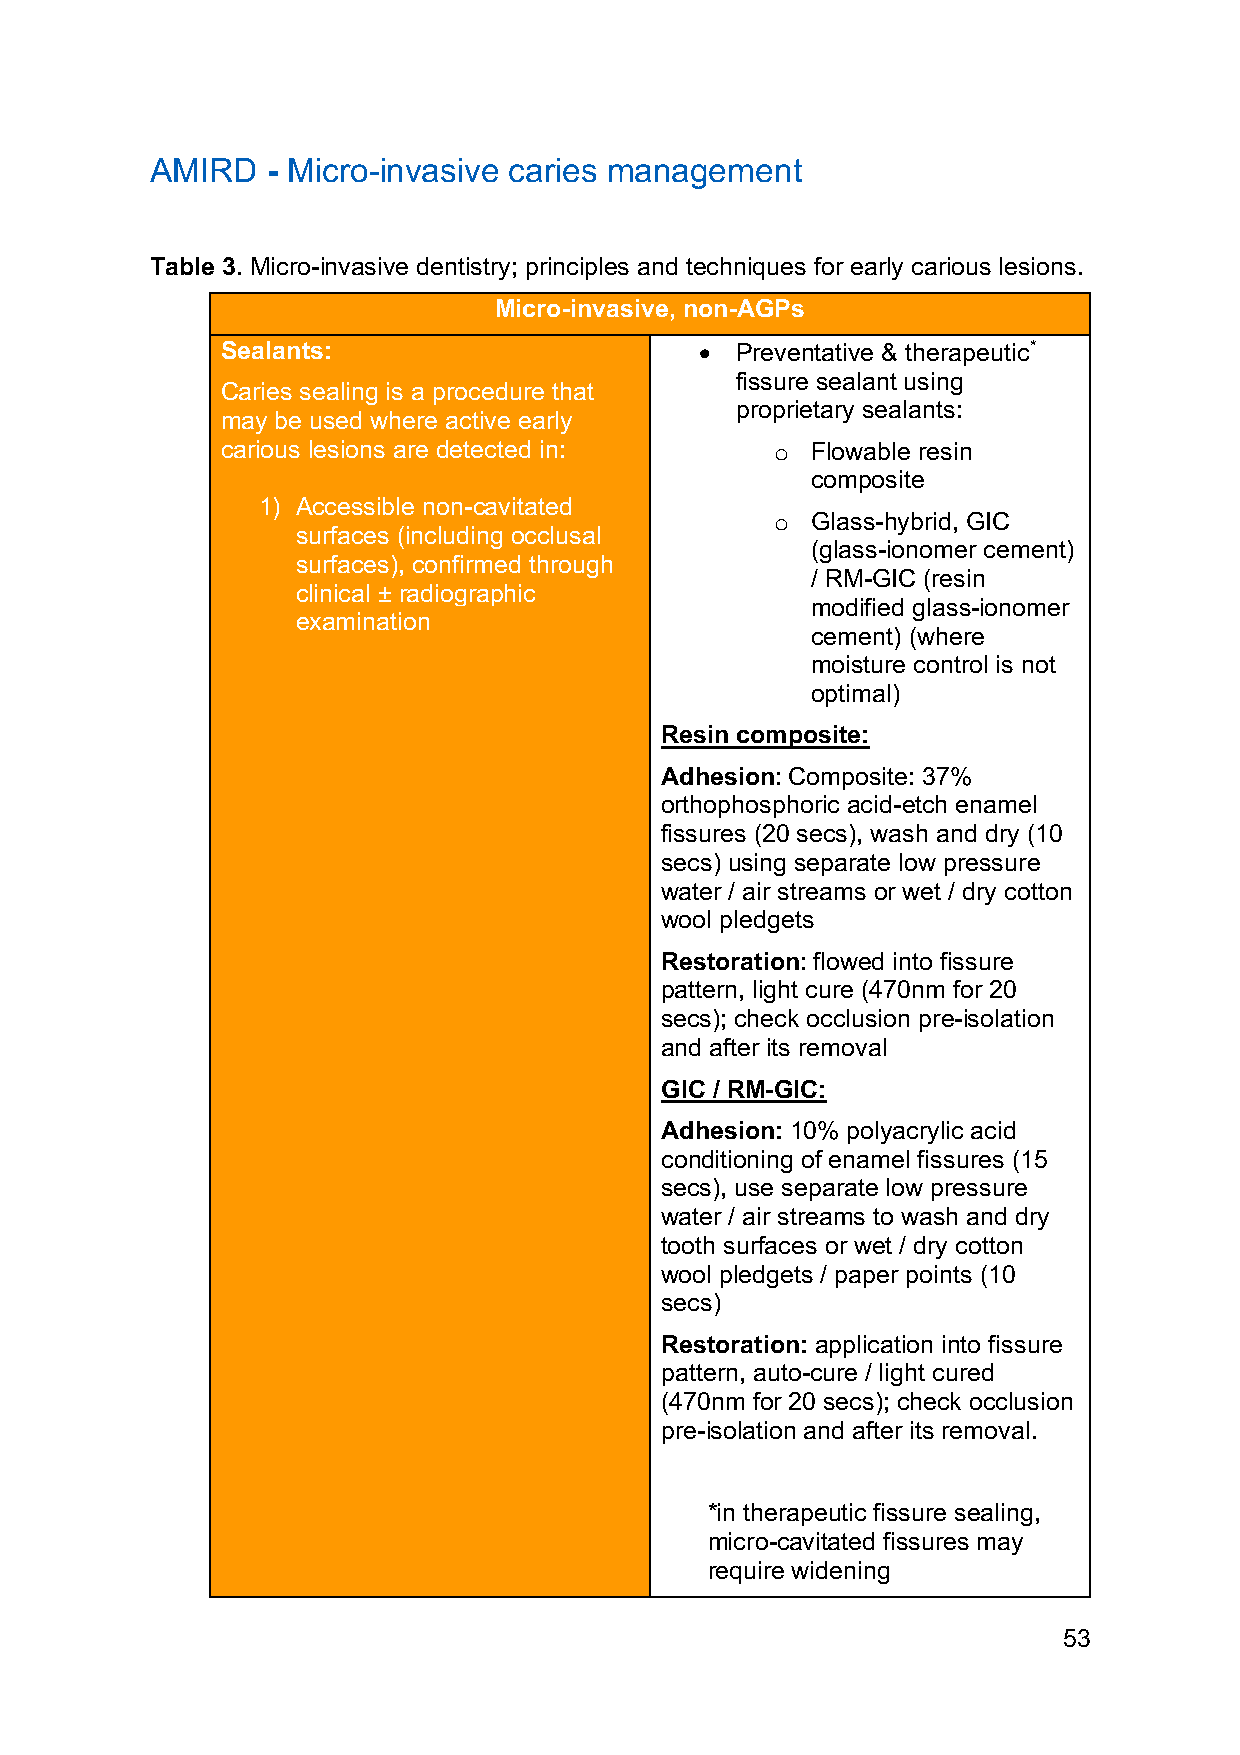
AMIRD   - Micro-invasive caries management
 Table 3. Micro-invasive dentistry; principles and techniques for early carious lesions.
 Micro-invasive, non-AGPs
 Sealants:                      •  Preventative & therapeutic*
 fissure sealant using
 Caries sealing is a procedure that
 proprietary sealants:
 may be used where active early
 carious lesions are detected in:    o  Flowable resin
 composite
 1) Accessible non-cavitated
 o  Glass-hybrid, GIC
 surfaces (including occlusal
 (glass-ionomer cement)
 surfaces), confirmed through
 / RM-GIC (resin
 clinical ± radiographic
 modified glass-ionomer
 examination
 cement) (where
 moisture control is not
 optimal)
 Resin composite:
 Adhesion: Composite: 37%
 orthophosphoric acid-etch enamel
 fissures (20 secs), wash and dry (10
 secs) using separate low pressure
 water / air streams or wet / dry cotton
 wool pledgets
 Restoration: flowed into fissure
 pattern, light cure (470nm for 20
 secs); check occlusion pre-isolation
 and after its removal
 GIC / RM-GIC:
 Adhesion: 10% polyacrylic acid
 conditioning of enamel fissures (15
 secs), use separate low pressure
 water / air streams to wash and dry
 tooth surfaces or wet / dry cotton
 wool pledgets / paper points (10
 secs)
 Restoration: application into fissure
 pattern, auto-cure / light cured
 (470nm for 20 secs); check occlusion
 pre-isolation and after its removal.
 *in therapeutic fissure sealing,
 micro-cavitated fissures may
 require widening
 53